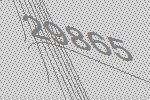
29865